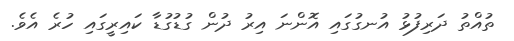
ތުއްތު ދަރިފުޅު އުނގުގައި އޮންނަ އިރު ދުން ގުޑުގުޑާ ކައިރީގައި ހުރެ އެވެ.